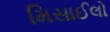
મિસાઈલો